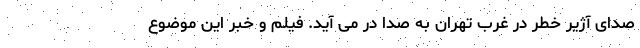
صدای آژیر خطر در غرب تهران به صدا در می آید. فیلم و خبر این موضوع